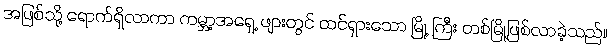
အဖြစ်သို့ ရောက်ရှိလာကာ ကမ္ဘာ့အရှေ့ ဖျားတွင် ထင်ရှားသော မြို့ ကြီး တစ်မြို့ဖြစ်လာခဲ့သည်။